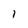
Character: I